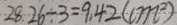
2 8 . 2 6 \div 3 = 9 . 4 2 ( c m ^ { 2 } )